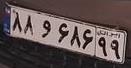
۸۸و۶۸۶۹۹